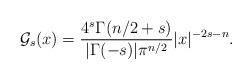
LaTeX: \begin{align*}\mathcal{G}_s(x)=\frac{4^{s}\Gamma(n/2+s)}{|\Gamma(-s)|\pi^{n/2}}|x|^{-2s-n}.\end{align*}